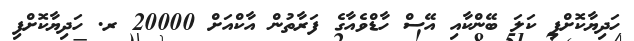
ހަދިޔާކޮށްފި ކަލަ ބޭންކާއި އޭސް ހާޑްވެއާގެ ފަރާތުން އާކްއަށް 20000 ރ. ހަދިޔާކޮށްފި